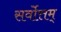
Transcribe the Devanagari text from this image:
सर्वोत्तम्